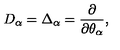
D _ { \alpha } = \Delta _ { \alpha } = \frac { \partial } { \partial \theta _ { \alpha } } ,